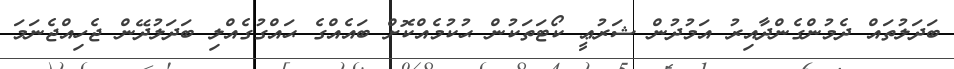
ބަދަލުތައް ދެމުންގެންދާއިރު އަމުދުން ޝަރުޢީ ކޯޓަތަކުން ޙުކުމެއްކޮށް ބައެއްގެ ޙައްގުގެއްލި ބަދަލުދޭން ޖެހިއްޖެނަމަ